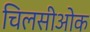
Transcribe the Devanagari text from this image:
चिलसीओक